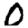
Digit: 0